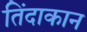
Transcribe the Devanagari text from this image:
तिंदाकान